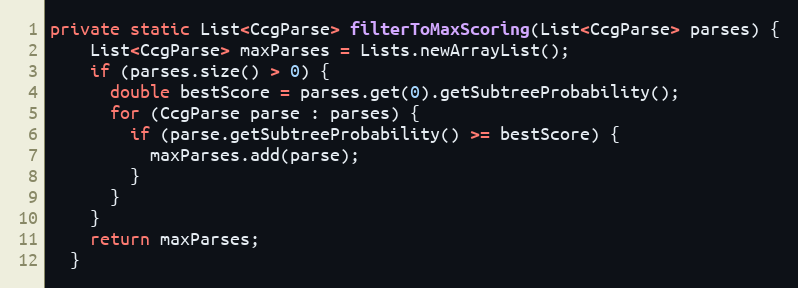
Language: Java
private static List<CcgParse> filterToMaxScoring(List<CcgParse> parses) {
    List<CcgParse> maxParses = Lists.newArrayList();
    if (parses.size() > 0) {
      double bestScore = parses.get(0).getSubtreeProbability();
      for (CcgParse parse : parses) {
        if (parse.getSubtreeProbability() >= bestScore) {
          maxParses.add(parse);
        }
      }
    }
    return maxParses;
  }